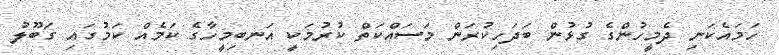
ހަމައެކަނި ދެމީހުންގެ ގުޅުން ބަދަހިކުރަން މަސައްކަތް ކުރުމަކީ އަނބިމީހާގެ ކަމެއް ކަމުގައި ގަބޫލު